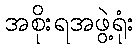
အစိုးရအဖွဲ့ရုံး